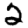
Digit: 2